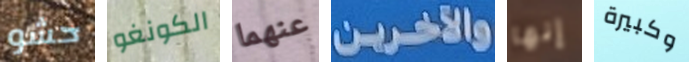
حشو الكونغو عنهما والآخرين إنها وكبيرة